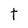
Character: t